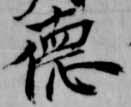
徳